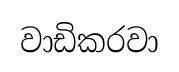
වාඩිකරවා